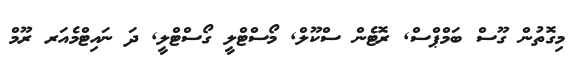
މިގޮތުން ގޫސް ބަމްޕްސް